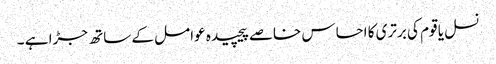
نسل یا قوم کی برتری کا احساس خاصے پیچیدہ عوامل کے ساتھ جڑا ہے ۔